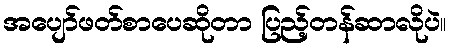
အပျော်ဖတ်စာပေဆိုတာ ပြည့်တန်ဆာလိုပဲ။